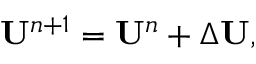
\begin{array} { r } { { \bf U } ^ { n + 1 } = { \bf U } ^ { n } + \Delta { \bf U } , } \end{array}